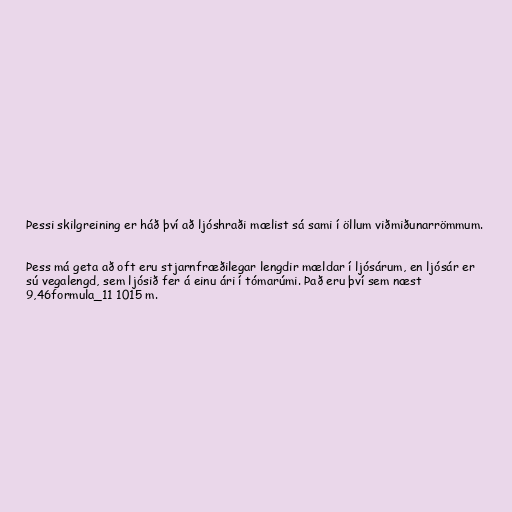
Þessi skilgreining er háð því að ljóshraði mælist sá sami í öllum viðmiðunarrömmum.

Þess má geta að oft eru stjarnfræðilegar lengdir mældar í ljósárum, en ljósár er
sú vegalengd, sem ljósið fer á einu ári í tómarúmi. Það eru því sem næst
9,46formula_11 1015 m.